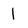
Character: 1